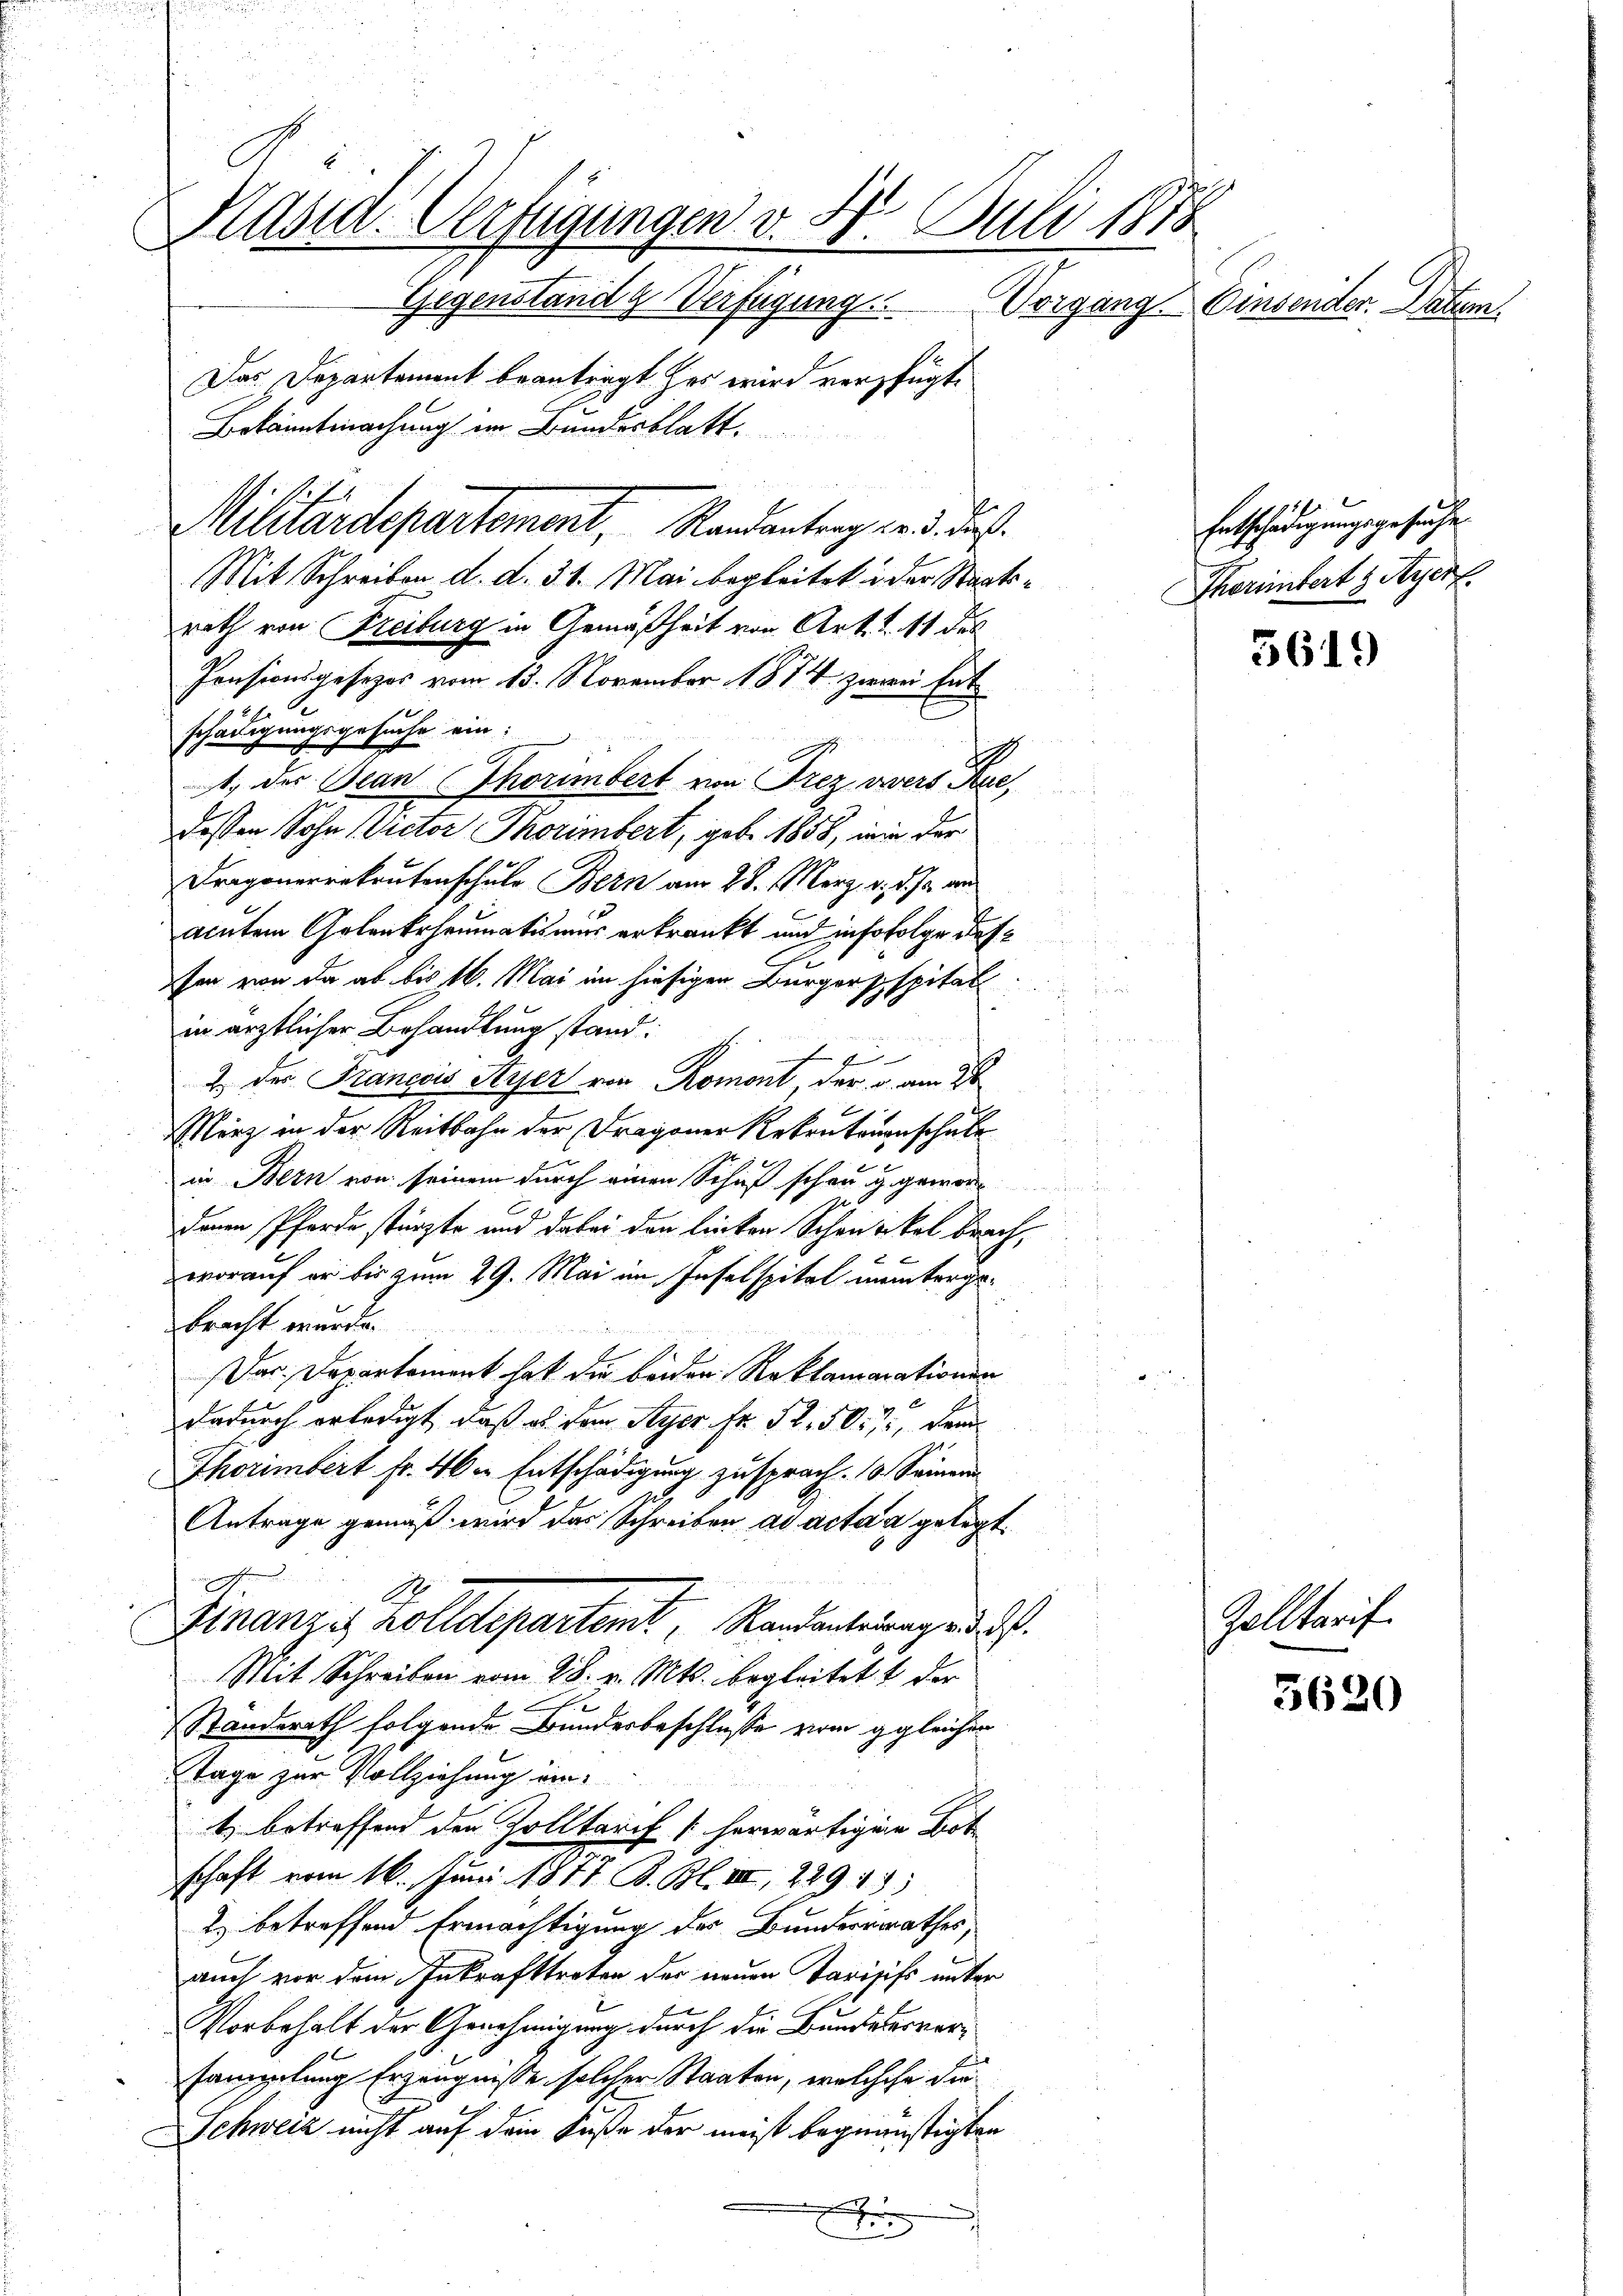
Kasid. Verfügungen v. 4. Juli 1878
Gegenständig Verfügung.
Vorgang. Einsender. Datum.

Das Departement beantragt her wird verfügt.
Bekanntmachung im Bundesblatt.
Mit Schreiben d. d. 31. Mai begleitet in der Staatsrath von Freiburg in Gemäßheit von Art. 11 des
Pensionsgesezes vom 13. November 1874 zwei Entschädigungsgesuche ein:
E
1. der Bean Thorimbert von Frez avers Aue,
dessen Sohn (Victor Thorimbert, geb. 1858, wie der
Dragonenrekrutenschule Bern am 28. März d. d. Js. an
acutem Golenkrheumatismus erkrankt und insofolge das
fen von da ab bis 16. Mai im hiesigen Bürgerspspital
d
in ärztlicher Behandlung stand.
4
2. des Francois Ayjer von Romont der u. am 7ten
Merz in der Reitbahn der Dragoner Rekontonenschule
u
in Bern von seinem durch einen Schuß schon g gewor
denen Pferde stürzte und dabei den linken Schantikel brach,
t
worauf er bis zum 29. Mai im Inselspital munterge
bracht werde.
Das Departement hat die beiden Reklamarationen
dadurch erledigt, daß es dem Seyer Fr. 52. 507, dem
Thoumbert fr. 46. Entschädigung zu sprach. 10. Seiner
Antrage gemäß wird das Schreiben ad acta a gelegt.
h
Finanzes Zolldepartent, Randanterungen u.
Mit Schreiben vom 28. v. Mts. begleitet & der
Standerath folgende Bundesbeschlusse vom gleicher
Etage zur Vollziehung eint) betreffend den Zolltarif (herwärtigen Dot
schaft vom 16. Juni 1877. B. Bl. III, 229 43
2) betreffend Ermächtigung des Bundesrathes,
auch vor dem Inkrafttreten der neuen Parisiss unter
Vorbehalt der Genehmigung durch die Bundeserversammlung Erzeugnisse solcher Staaten, welchehe die
Schweiz nicht auf dem Fuße der mußt begünstigten
E

Militärdepartement Randantrag d. d. daß

Entschädigungsgesuche
Therintert & Ayerf.

3619

Zolltarif

3620